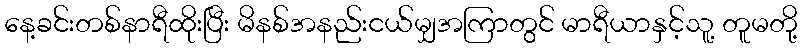
နေ့ခင်းတစ်နာရီထိုးပြီး မိနစ်အနည်းငယ်မျှအကြာတွင် မာရီယာနှင့်သူ့ တူမတို့